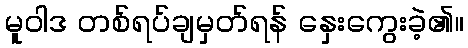
မူဝါဒ တစ်ရပ်ချမှတ်ရန် နှေးကွေးခဲ့၏။